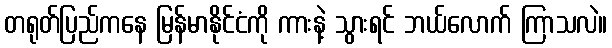
တရုတ်ပြည်ကနေ မြန်မာနိုင်ငံကို ကားနဲ့ သွားရင် ဘယ်လောက် ကြာသလဲ။